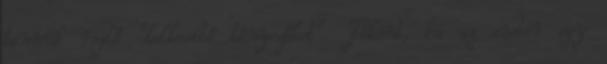
bennük rejlő "lelkesítő tényezőket". Főként, ha az ember egy